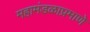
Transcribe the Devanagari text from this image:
महामंडळाप्रमाणे